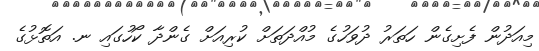
މިއަދުން ފެށިގެން ހަތަރު ދުވަހުގެ މުއްދަތަށް ކުރިއަށް ގެންދާ ކޯހުގައި ނ. އަތޮޅުގެ